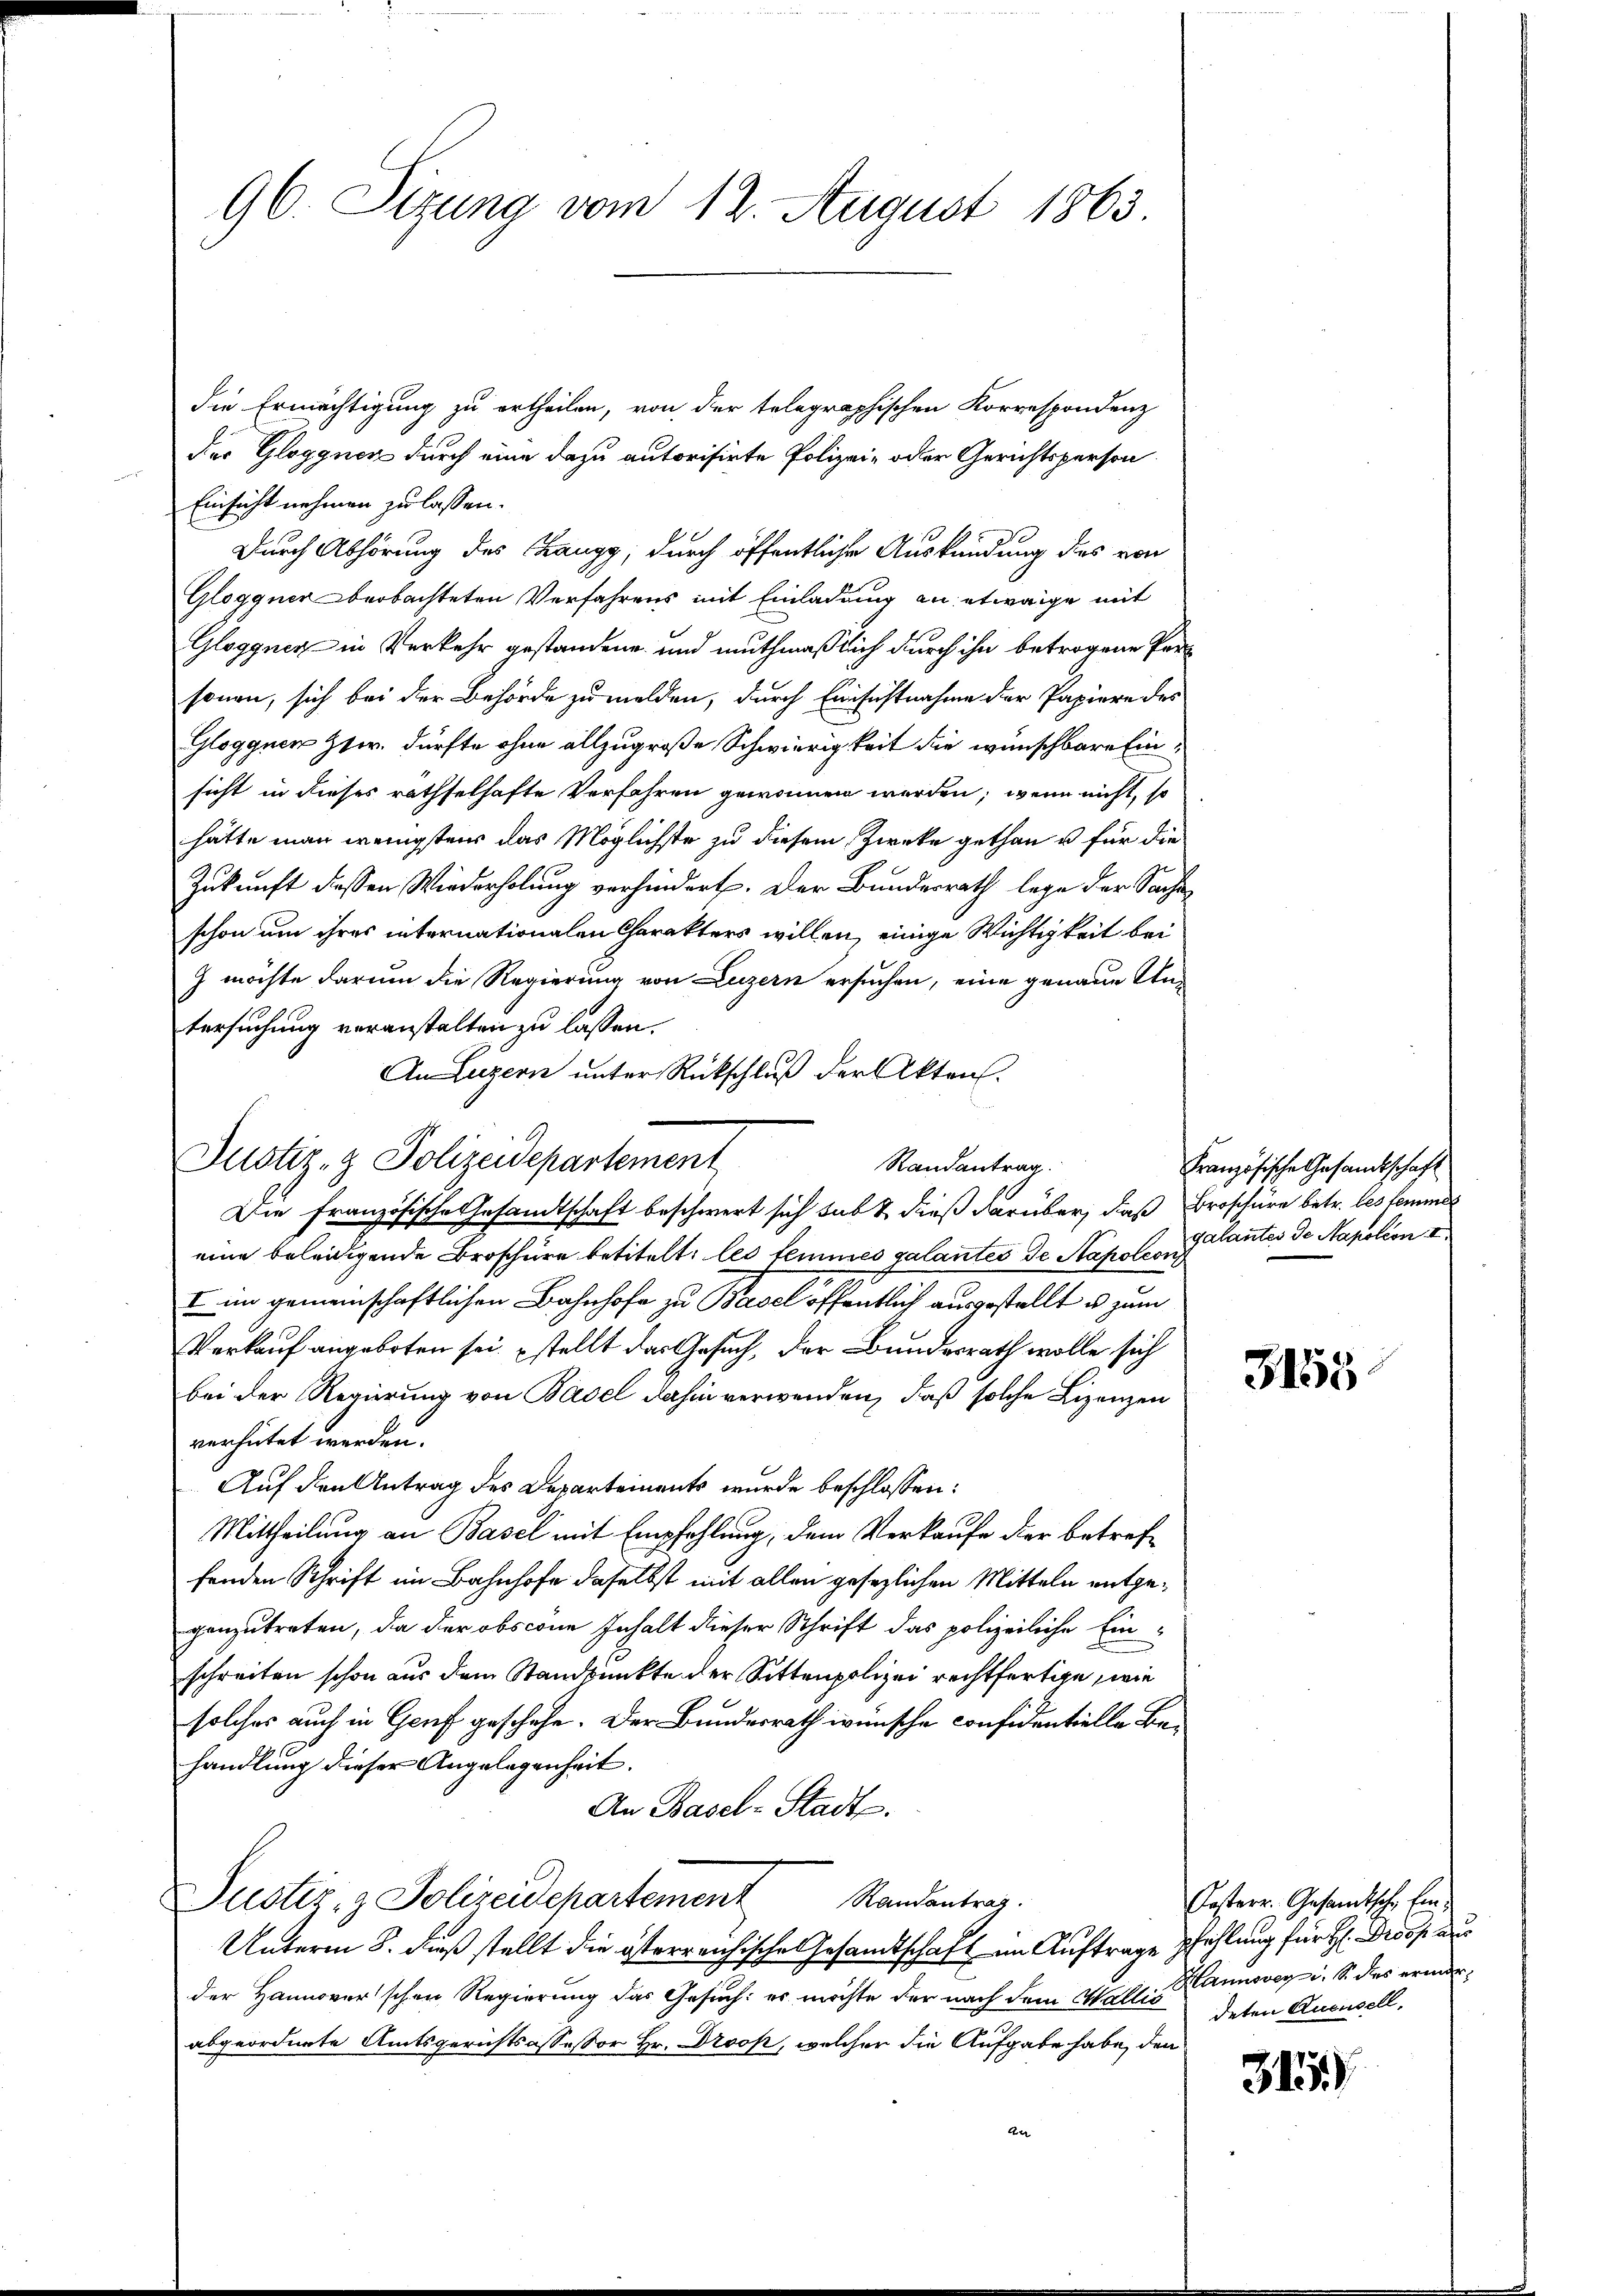
die Ermächtigung zu ertheilen, von der telegraphischen Korrespondenz
der Gloggnen durch eine dazu autorisirte Polizei- oder Gerichtsperson
Einsicht nehmen zu lassen.
Durch Abhörung des Zangg, durch öffentliche Auskündung des von
Gloggner beobachteten Verfahrens mit Einladung an etwaige mit
Gloggnen in Verkehr gestandene und muthmaßlich durch ihn betrogene Personen, sich bei der Behörde zu melden, durch Einfastnahme der Papiere des
Gloggner Ztw. dürfte ohne allzugroße Schwierigkeit die wünschbare Einsicht in dieses rathselhafte Verfahren gewonnen werden, wenn nicht, so
hätte man wenigstens das Möglichste zu diesem Zwecke gethan u für die
Zukunft dessen Wiederholung verhindert. Der Bundesrath lege der Sache
schon um ihres internationalen Charakters willen, einige Wichtigkeit bei
J möchte darum die Regierung von Luzern ersuchen, eine genaue Untersuchung veranstalten zu lassen.
An Luzern unter Rückschluß der Akten.
Die Französische Gesandtschaft beschwert sich hab & dieß darüber, daß
eine beleidigende Broschüre betitelt, les temmes galantes de Napoleon
I im gemeinschaftlichen Bahnhofe zu Basel öffentlich ausgestellt u. zum
Verkauf angeboten sei stellt das Gesuch, der Bundesrath wolle sich
bei der Regierung von Basel dahin verwenden, daß solche Lizenzen
verhütet werden.
Auf den Antrag des Departements wurde beschlossen:
Mittheilung an Basel mit Empfehlung, dem Verkaufe der betreffenden Schrift im Bahnhofe daselbst mit allen gesezlichen Mitteln entgegenzutreten, da der obscon Inhalt dieser Schrift das polizeiliche Einschreiten schon aus dem Standpunkte der Sittenpolizei rechtfertige, wie
solches auch in Genf geschehe. Der Bundesrath wünsche confidentielle Behandlung dieser Angelegenheit.
An Basel-Stadts.
Justiz- & Polizeidchartement Randantrag.
Unterm 8. Fuß stellt die österreichische Gesandtschaft im Auftrage pfehlung für H: Gross aus
der Hannoverschen Regierung das Gesuch: es möchte der nach dem Wallis
abgeordnete Amtsgerichtsassessor Hr. Droop, welcher die Aufgabe habe, den

96 Sizung vom 12. August 1863.

Justiz- & Polizeidepartement

Randantrag.

Französische Gesamtschaft
Broschüre betr. les femmes
galantes de Napoleon I

3158

Oesterr. Gesandtsche Ein¬
Hannoveri. S. des ermerdeten Aucusell,

315